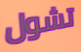
تشول